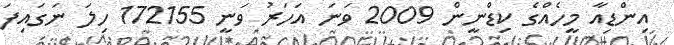
އިންޑިއާ މީހެއްގެ ކިޑްނީން 2009 ވަނަ އަހަރު ވަނީ 172155 ހިލަ ނަގައިފަ